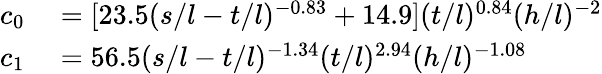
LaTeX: \begin{array}{rl}{c_{0}}&{{}=[23.5(s/l-t/l)^{-0.83}+14.9](t/l)^{0.84}(h/l)^{-2}}\\ {c_{1}}&{{}=56.5(s/l-t/l)^{-1.34}(t/l)^{2.94}(h/l)^{-1.08}}\end{array}